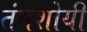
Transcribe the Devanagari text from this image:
तंगशोयी